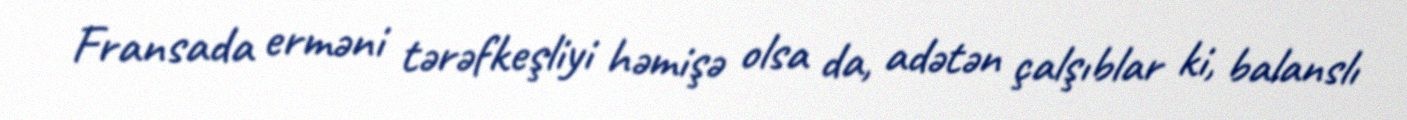
Fransada erməni tərəfkeşliyi həmişə olsa da, adətən çalşıblar ki, balanslı